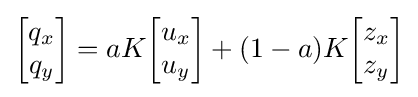
{\begin{bmatrix}q_{x}\\q_{y}\end{bmatrix}}=aK{\begin{bmatrix}u_{x}\\u_{y}\end{bmatrix}}+(1-a)K{\begin{bmatrix}z_{x}\\z_{y}\end{bmatrix}}